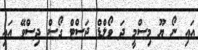
އައި ނޯ ޔޫ މިސްމީ ދަ ވޯލްޑް ޖަސްޓް ގޯސް ދިސްވޭ އައި